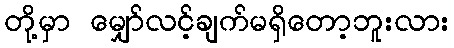
တို့မှာ မျှော်လင့်ချက်မရှိတော့ဘူးလား